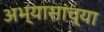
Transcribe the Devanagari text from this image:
अभ्यासांच्या